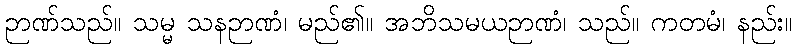
ဉာဏ်သည်။ သမ္မ သနဉာဏံ၊ မည်၏။ အဘိသမယဉာဏံ၊ သည်။ ကတမံ၊ နည်း။